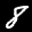
Label: 8